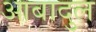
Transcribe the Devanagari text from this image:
आबादुल